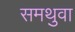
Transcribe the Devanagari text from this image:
समथुवा